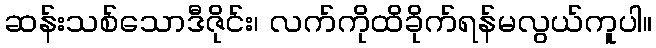
ဆန်းသစ်သောဒီဇိုင်း၊ လက်ကိုထိခိုက်ရန်မလွယ်ကူပါ။